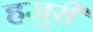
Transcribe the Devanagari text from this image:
हजुरी